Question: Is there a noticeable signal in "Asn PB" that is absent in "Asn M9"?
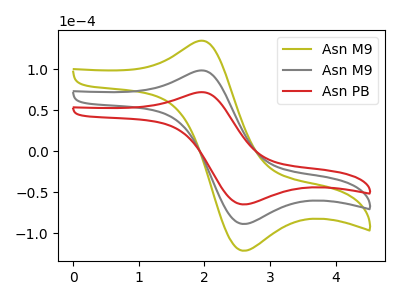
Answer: <think>The olive curve "Asn M9" has an anodic peak at (1.90V, 196.50uA) and a cathodic peak at (2.60V, -177.35uA). The gray curve "Asn M9" has an anodic peak at (1.90V, 98.25uA) and a cathodic peak at (2.60V, -88.65uA). The red curve "Asn PB" has an anodic peak at (1.90V, 71.85uA) and a cathodic peak at (2.60V, -64.80uA).
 All the peaks in "Asn PB" have a peak in "Asn M9" at the same potential. Every peak in "Asn PB" is lower than every peak in "Asn M9".</think>
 <answer>No, "Asn PB" and "Asn M9" don't appear to be significantly different in shape</answer>
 <eval>no_change</eval>